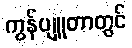
ကွန်ပျူတာတွင်